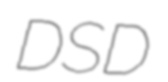
DSD